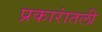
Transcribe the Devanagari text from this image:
प्रकारांतली